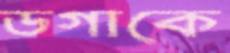
ডগাকে